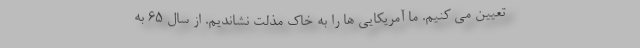
تعیین می کنیم. ما آمریکایی ها را به خاک مذلت نشاندیم. از سال 65 به